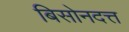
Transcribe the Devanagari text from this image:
बिसोनदत्त